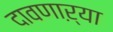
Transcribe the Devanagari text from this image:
दावणाऱ्या